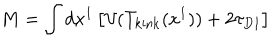
M = \int d x ^ { 1 } \left[ { \cal V } ( T _ { \mathrm { k i n k } } ( x ^ { 1 } ) ) + 2 \tau _ { D 1 } \right]